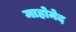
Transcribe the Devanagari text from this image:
माहोमेद